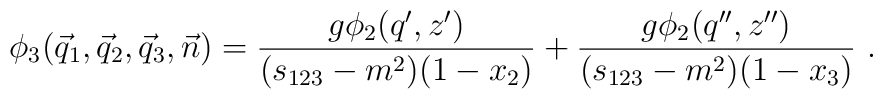
\phi_3(\vec{q}_1,\vec{q}_2,\vec{q}_3,\vec{n})= \frac{g\phi_2(q',z')}{(s_{123}-m^2)(1-x_2)} +\frac{g\phi_2(q'',z'')}{(s_{123}-m^2)(1-x_3)}\ .